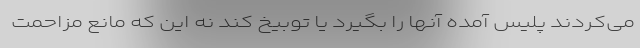
می‌کردند پلیس آمده آنها را بگیرد یا توبیخ کند نه این که مانع مزاحمت